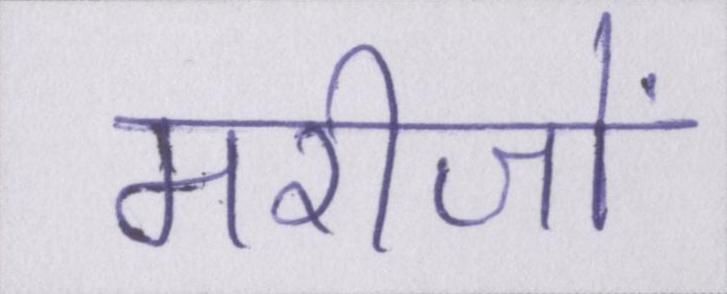
मरीजों